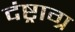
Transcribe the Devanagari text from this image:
दंष्ट्राग्र